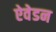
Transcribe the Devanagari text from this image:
ऐवेडन